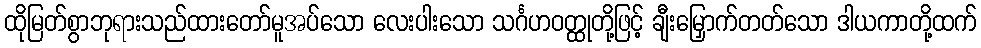
ထိုမြတ်စွာဘုရားသည်ထားတော်မူအပ်သော လေးပါးသော သင်္ဂဟဝတ္ထုတို့ဖြင့် ချီးမြှောက်တတ်သော ဒါယကာတို့ထက်